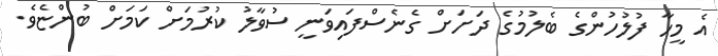
އެ މީހާ ފުލުހުންގެ ބެލުމުގެ ދަަށަށް ގެނެސްފައިވަނީ ސުވާލު ކުރުމަށް ކަމަށް ބުންޏެވެ.